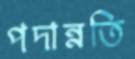
পদান্নতি